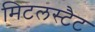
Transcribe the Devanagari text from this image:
मिटलस्टैट